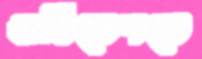
অধিবেশনে